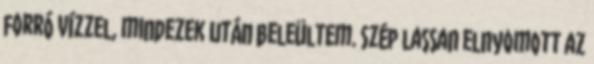
forró vízzel, mindezek után beleültem. Szép lassan elnyomott az